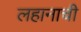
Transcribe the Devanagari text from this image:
लहानाची